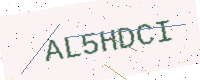
Text: AL5HDCI